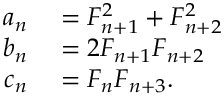
\begin{array} { r l } { a _ { n } } & { { } = F _ { n + 1 } ^ { 2 } + F _ { n + 2 } ^ { 2 } } \\ { b _ { n } } & { { } = 2 F _ { n + 1 } F _ { n + 2 } } \\ { c _ { n } } & { { } = F _ { n } F _ { n + 3 } . } \end{array}